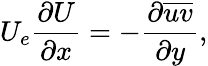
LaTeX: U_{e}\frac{\partial U}{\partial x}=-\frac{\partial\overline{{uv}}}{\partial y},